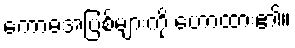
ကောဓအပြစ်များကို ဟောထား၏။